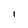
Character: l